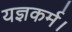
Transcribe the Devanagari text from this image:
यज्ञकर्म।